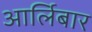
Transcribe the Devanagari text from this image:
आर्लिबार